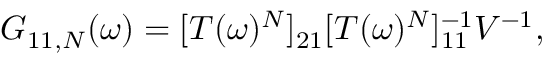
\begin{array} { r } { G _ { 1 1 , N } ( \omega ) = [ T ( \omega ) ^ { N } ] _ { 2 1 } [ T ( \omega ) ^ { N } ] _ { 1 1 } ^ { - 1 } V ^ { - 1 } , } \end{array}